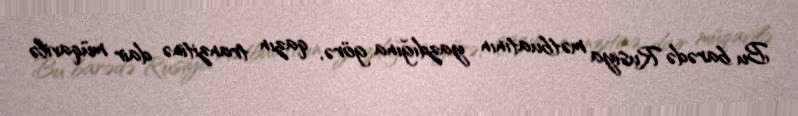
Bu barədə Rusiya mətbuatının yazdığına görə, qazın tranzitinə dair müqavilə